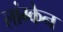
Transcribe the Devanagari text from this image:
लांग्केन